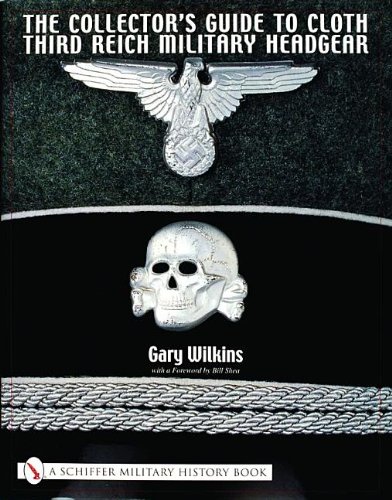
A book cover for The Collector's Guide To Third Reich Military Headgear (Schiffer Military History); Gary Wilkins; Crafts, Hobbies & Home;